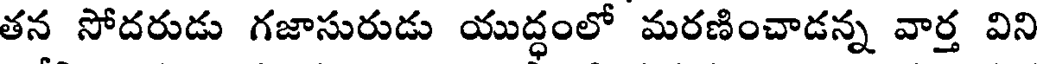
తన సోదరుడు గజాసురుడు యుద్ధంలో మరణించాడన్న వార్త విని